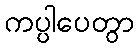
ကပ္ပါပေတွာ